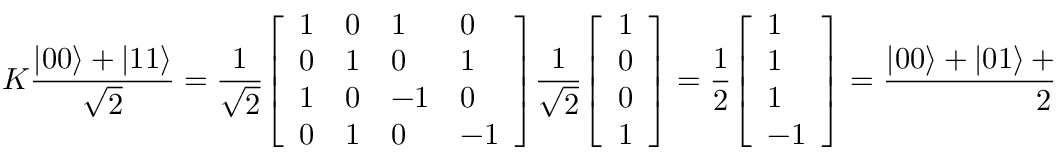
K { \frac { | 0 0 \rangle + | 1 1 \rangle } { \sqrt { 2 } } } = { \frac { 1 } { \sqrt { 2 } } } { \left[ \begin{array} { l l l l } { 1 } & { 0 } & { 1 } & { 0 } \\ { 0 } & { 1 } & { 0 } & { 1 } \\ { 1 } & { 0 } & { - 1 } & { 0 } \\ { 0 } & { 1 } & { 0 } & { - 1 } \end{array} \right] } { \frac { 1 } { \sqrt { 2 } } } { \left[ \begin{array} { l } { 1 } \\ { 0 } \\ { 0 } \\ { 1 } \end{array} \right] } = { \frac { 1 } { 2 } } { \left[ \begin{array} { l } { 1 } \\ { 1 } \\ { 1 } \\ { - 1 } \end{array} \right] } = { \frac { | 0 0 \rangle + | 0 1 \rangle + | 1 0 \rangle - | 1 1 \rangle } { 2 } }